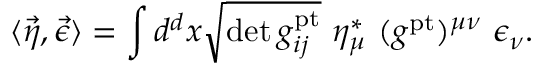
\langle \vec { \eta } , \vec { \epsilon } \rangle = \int d ^ { d } x \sqrt { \operatorname * { d e t } g _ { i j } ^ { \mathrm { p t } } } \ \eta _ { \mu } ^ { * } \ ( g ^ { \mathrm { p t } } ) ^ { \mu \nu } \ \epsilon _ { \nu } .